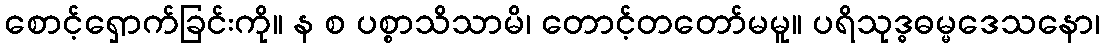
စောင့်ရှောက်ခြင်းကို။ န စ ပစ္စာသိသာမိ၊ တောင့်တတော်မမူ။ ပရိသုဒ္ဓဓမ္မဒေသနော၊